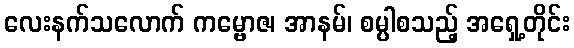
လေးနက်သလောက် ကမ္ဗောဇ၊ အာနမ်၊ စမ္ပါစသည့် အရှေ့တိုင်း